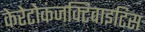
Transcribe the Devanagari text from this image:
केरेटोकंजक्टिवाइटिस